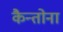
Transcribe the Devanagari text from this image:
कैन्तोना